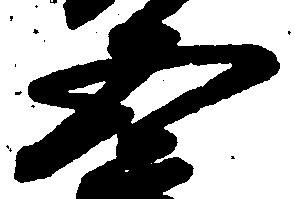
五